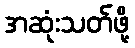
အဆုံးသတ်ဖို့